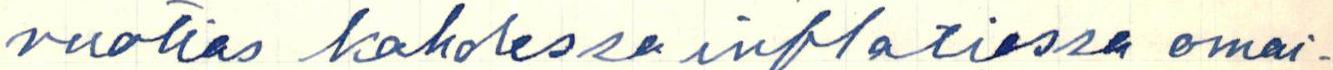
vuotias kahdessa inflatiossa omai-